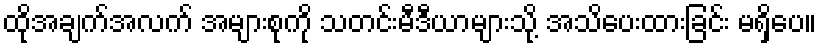
ထိုအချက်အလက် အများစုကို သတင်းမီဒီယာများသို့ အသိပေးထားခြင်း မရှိပေ။